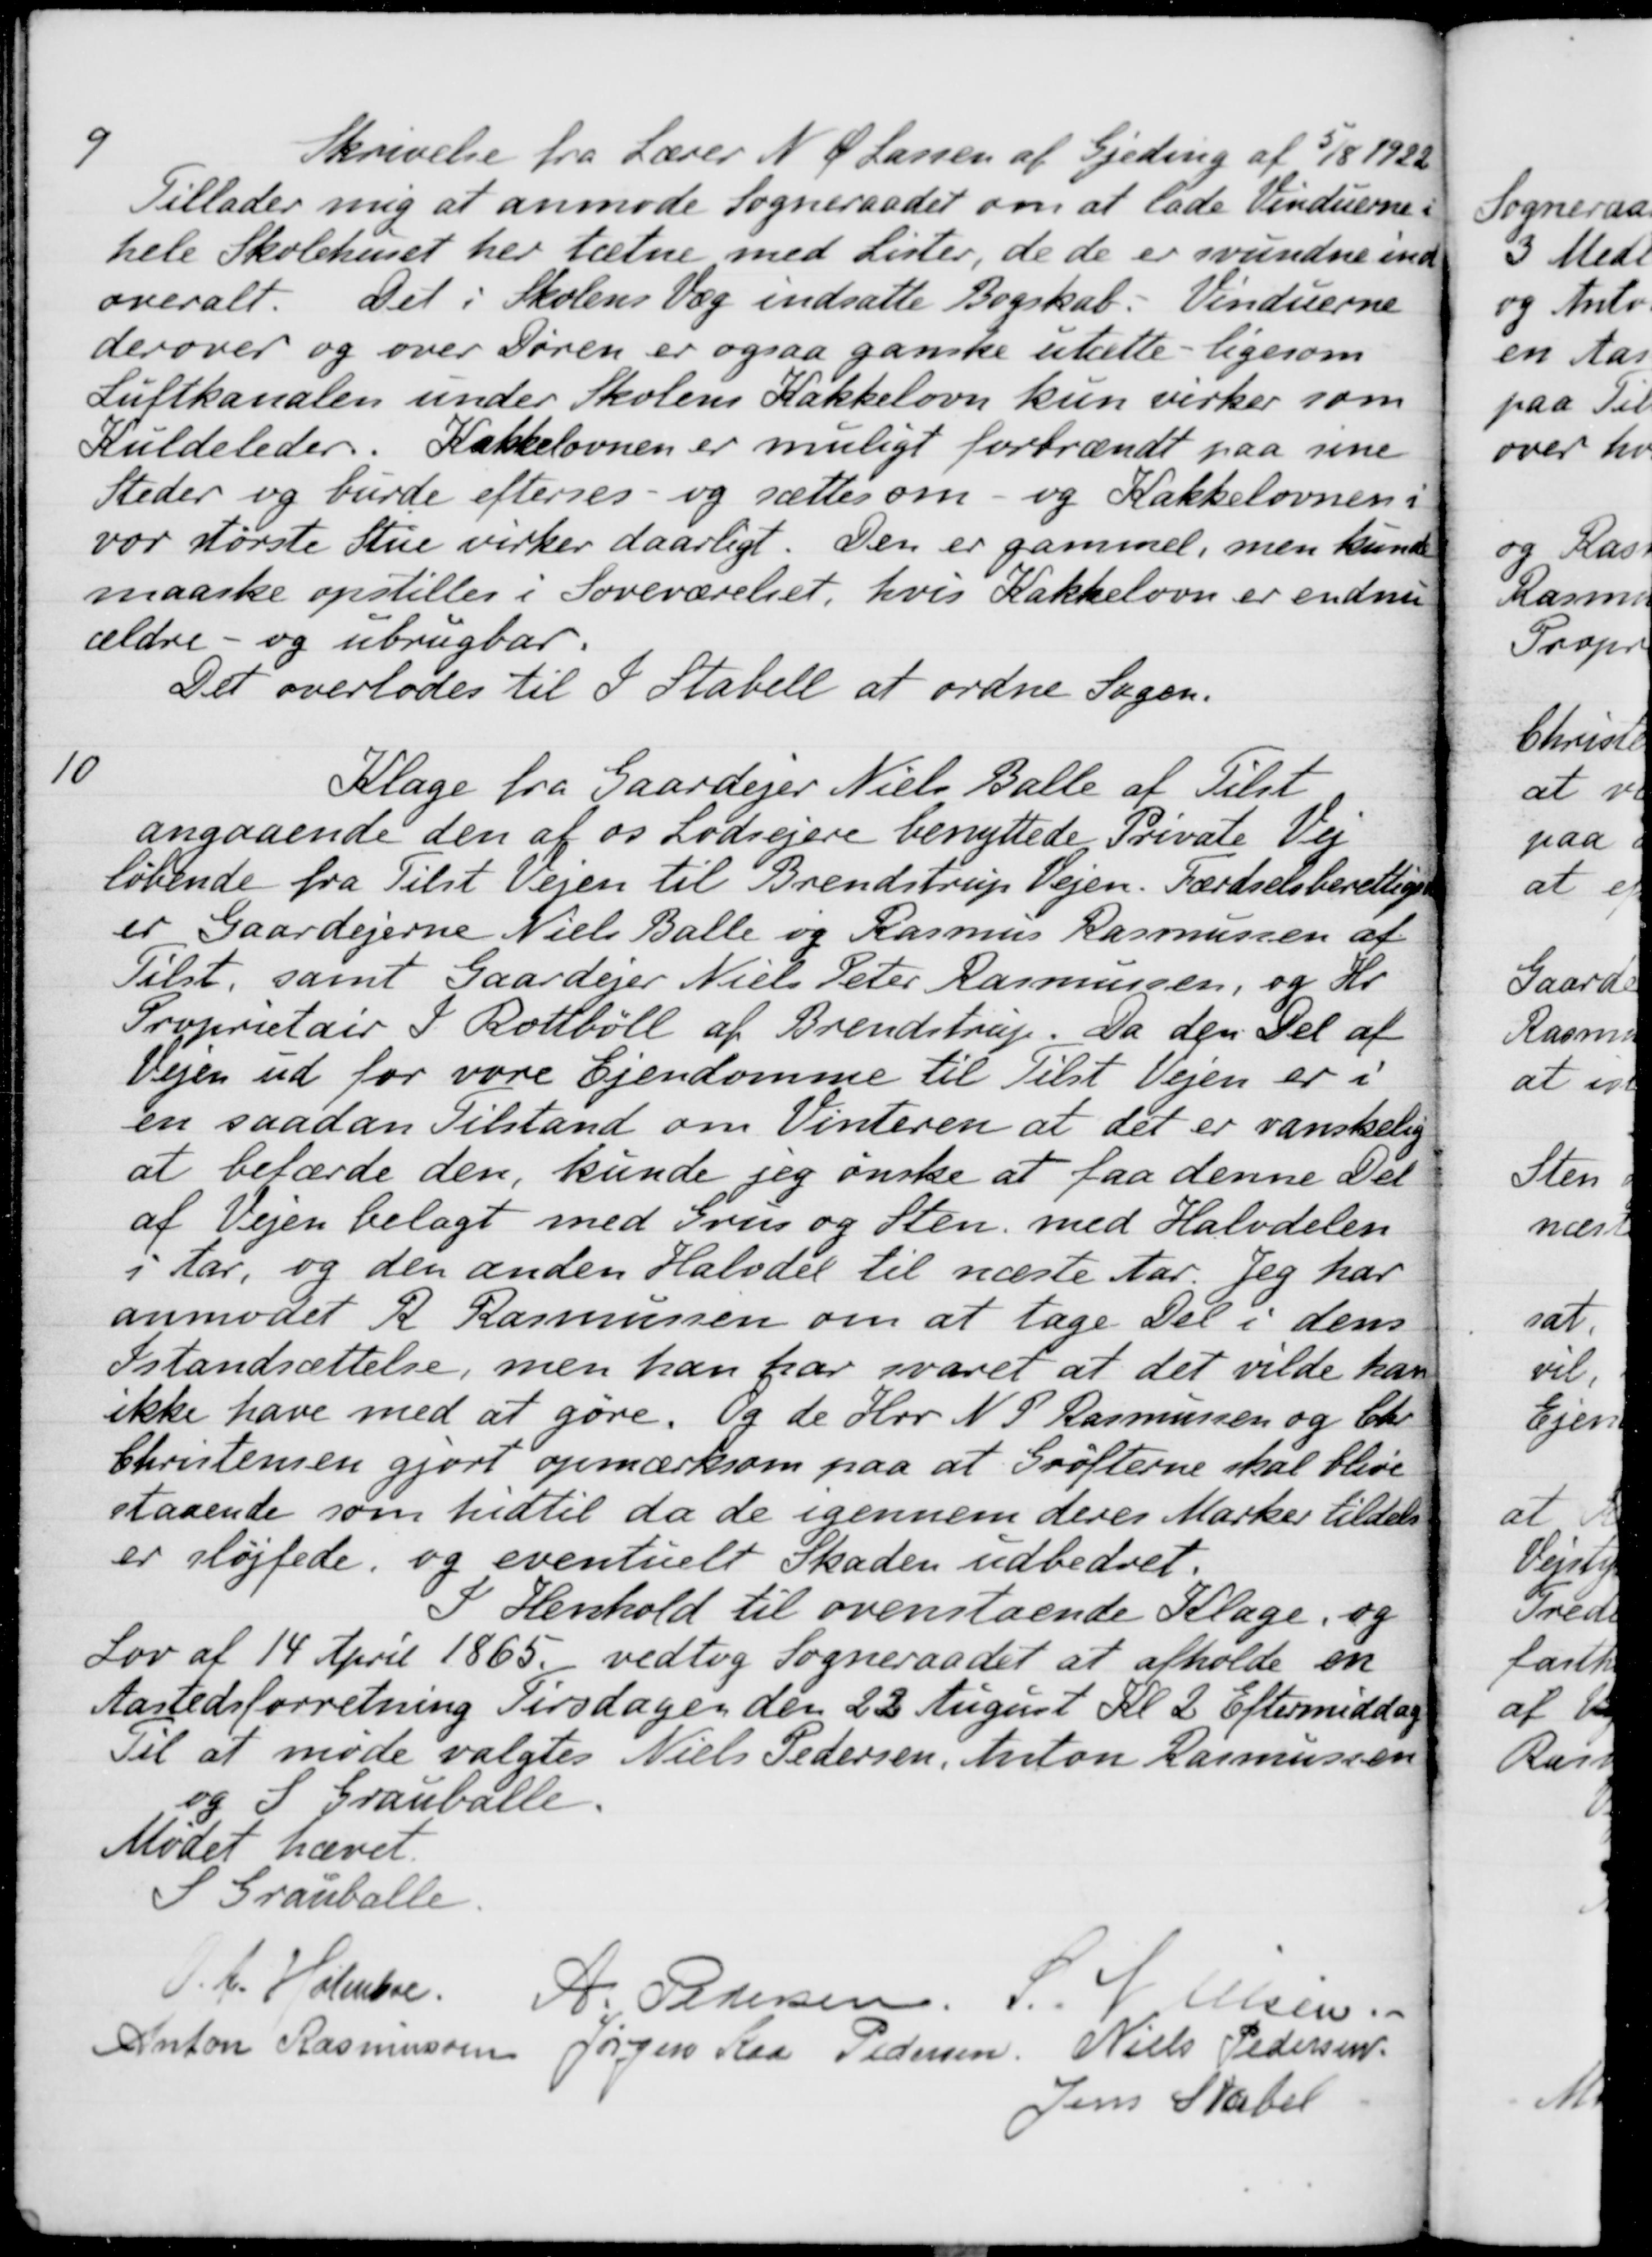
Transskription:
9
Skrivelse fra Lærer N. Ø. Lassen af Gjeding af 5/8 1928
Tillader mig at anmode Sogneraadet om at lade Vinduerne i
hele Skolehuset her tætne med Lister, de de er svundne ind
overalt. Det i Skolens Væg indsatte Bogskab. Vinduerne
derover og over Døren er ogsaa ganske utætte - ligesom
Luftkanalen under Skolens Kakkelovn kun virker som
Kuldeleder. Kakkelovnen er muligt forbrændt paa sine
Steder og burde efterses og sættes om
og Kakkelovnen i
vor største Stue virker daarligt. Den er gammel, men kunde
maaske opstilles i Soveværelset, hvis Kakkelovn er endnu 
ældre- og ubrugbar.
Det overlodes til I Stabell at ordne Sagen.
10
Klage fra Gaardejer Niels Balle af Tilst
angaaende den af os Lodsejere benyttede Private Vej
løbende fra Tilst Vejen til Brendstrup Vejen. Færdselsberettigede
er Gaardejerne Niels Balle og Rasmus Rasmussen af
Tilst. samt Gaardejer Niels Peter Rasmussen, og Hr.
Propritair I. Rottbøll af Brendstrup. Da den Del af
Vejen ud for vore Ejendomme til Tilst Vejen er i
en saadan Tilstand om Vinteren at det er vanskelig
at befærde den, kunde jeg ønske at faa denne Del
af Vejen belagt med Grus og Sten. med Halvdelen
i Aar, og den anden Halvdel til næste Aar. Jeg har
anmodet A Rasmussen om at tage Del i dens
Istandsættelse, men han har svaret at det vilde han
ikke have med at gøre. Og de Hrr. N. P. Rasmussen og Chr
Christensen gjort opmærksom paa at Grøfterne skal blive
staaende som hidtil da de igennem deres Marker tildels
er sløjfede, og eventuelt Skaden udbedret.
I Henhold til ovenstående Klage og
Lov af 14 April 1865, vedtog Sogneraadet at afholde en
Aastedsforretning Tirsdagen den 22 August Kl. 2 Eftermiddag
Til at møde valgtes Niels Pedersen, Anton Rasmussen
S. Grauballe.
Mødet hævet
S Grauballe.
O. A. Holmboe.
A Pedersen
S. Nielsen.
Anton Rasmussen
Jørgen Kaa Pedersen
Niels Pedersen
Jens Stabel